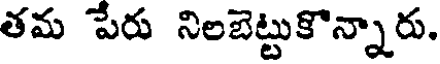
తమ పేరు నిలబెట్టుకొన్నారు.